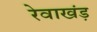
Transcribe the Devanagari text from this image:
रेवाखंड़